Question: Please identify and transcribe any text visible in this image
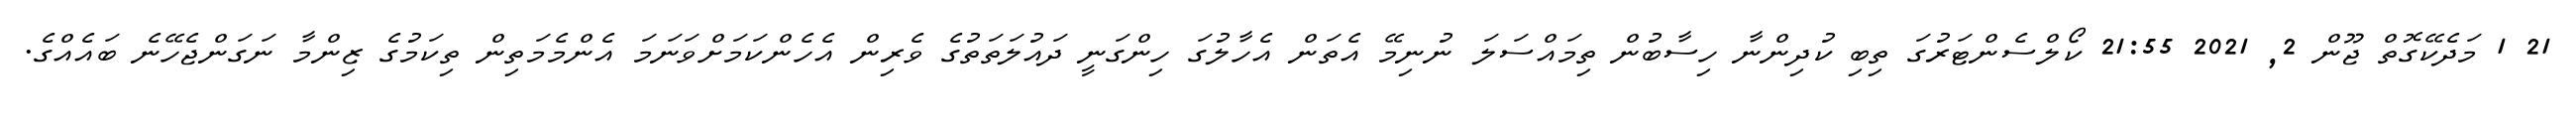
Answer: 21 1 މަދެކޭގޮތް ޖޫން 2, 2021 21:55 ކޯލްސެންޓަރުގަ ތިބި ކުދިންނާ ހިސާބުން ތިމައްސަލަ ނުނިމޭ އެތަން އެހާލުގަ ހިންގަނީ ދައުލަތަތުގެ ވެރިން އެހެންކަމަށްވަނަމަ އެންމެމަތިން ތިކަމުގެ ޒިންމާ ނަގަންޖެހޭނެ ބައެއްގެ.